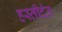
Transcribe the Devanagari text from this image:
हस्तीदंत